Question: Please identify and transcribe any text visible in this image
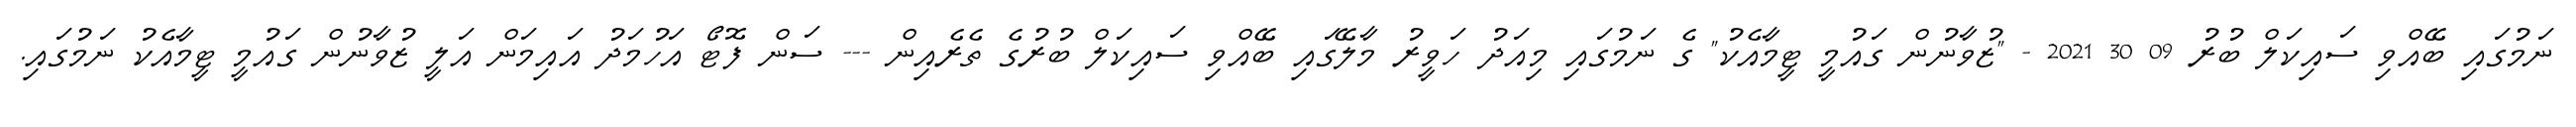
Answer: ނަމުގައި ބޭއްވި ސައިކަލް ބުރު 09 30 2021 - "ޒުވާނުން ގައުމީ ޓީމާއެކު" ގެ ނަމުގައި މިއަދު ހަވީރު މާލޭގައި ބޭއްވި ސައިކަލް ބުރުގެ ތެރެއިން --- ސަން ފޮޓޯ އަހުމަދު އައިމަން އަލީ ޒުވާނުން ގައުމީ ޓީމާއެކު ނަމުގައި.